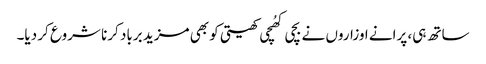
ساتھ ہی، پرانے اوزاروں نے بچی کھُچی کھیتی کو بھی مزید برباد کرنا شروع کر دیا۔